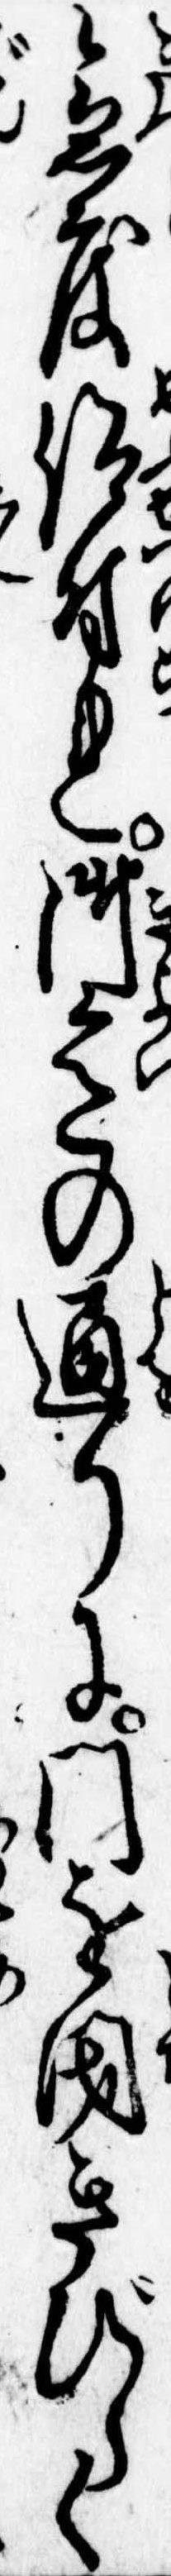
急度仰付れ御意の通りに門を閉きびしく